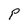
Character: P